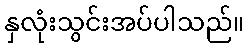
နှလုံးသွင်းအပ်ပါသည်။